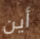
أين